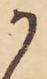
か